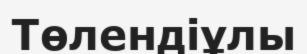
Төлендіұлы